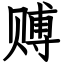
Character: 赙